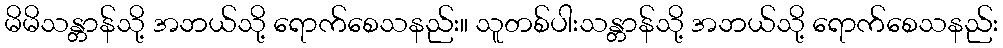
မိမိသန္တာန်သို့ အဘယ်သို့ ရောက်စေသနည်း။ သူတစ်ပါးသန္တာန်သို့ အဘယ်သို့ ရောက်စေသနည်း